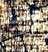
اثبتوا